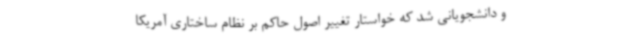
و دانشجویانی شد که خواستار تغییر اصول حاکم بر نظام ساختاری آمریکا